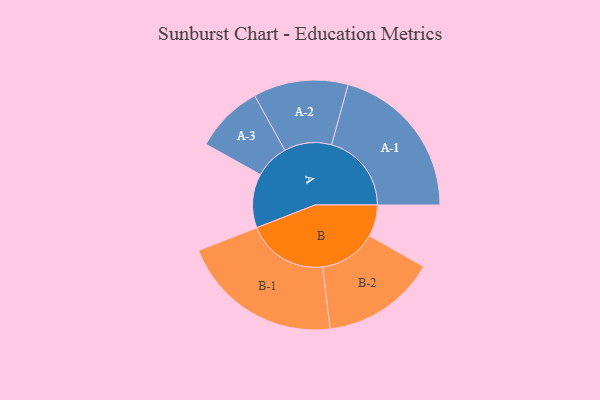
{"axis": {"x": "Segment", "y": "Value"}, "legend": ["", "A", "B"], "data": [{"x": "A", "y": 188, "type": ""}, {"x": "B", "y": 110, "type": ""}, {"x": "A-1", "y": 278, "type": "A"}, {"x": "A-2", "y": 165, "type": "A"}, {"x": "A-3", "y": 119, "type": "A"}, {"x": "B-1", "y": 282, "type": "B"}, {"x": "B-2", "y": 199, "type": "B"}]}